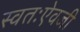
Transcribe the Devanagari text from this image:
स्वतःऐवजी